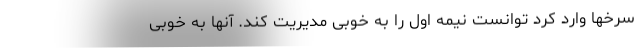
سرخها وارد کرد توانست نیمه اول را به خوبی مدیریت کند. آنها به خوبی